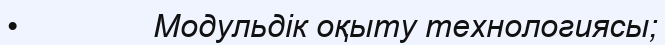
•               Модульдік оқыту технологиясы;